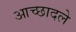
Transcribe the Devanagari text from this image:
आच्छादले